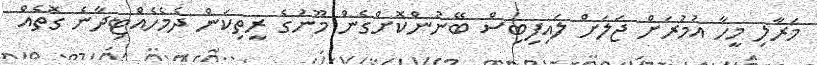
މަރާލި މީހާ އުމުރަށް ޖަލަށް ލައިފިބިސް ބޭނުންކޮށްގެން މޫނުގެ ރީތިކަން ދެމެހެއްޓިދާނެ ގޮތެއް